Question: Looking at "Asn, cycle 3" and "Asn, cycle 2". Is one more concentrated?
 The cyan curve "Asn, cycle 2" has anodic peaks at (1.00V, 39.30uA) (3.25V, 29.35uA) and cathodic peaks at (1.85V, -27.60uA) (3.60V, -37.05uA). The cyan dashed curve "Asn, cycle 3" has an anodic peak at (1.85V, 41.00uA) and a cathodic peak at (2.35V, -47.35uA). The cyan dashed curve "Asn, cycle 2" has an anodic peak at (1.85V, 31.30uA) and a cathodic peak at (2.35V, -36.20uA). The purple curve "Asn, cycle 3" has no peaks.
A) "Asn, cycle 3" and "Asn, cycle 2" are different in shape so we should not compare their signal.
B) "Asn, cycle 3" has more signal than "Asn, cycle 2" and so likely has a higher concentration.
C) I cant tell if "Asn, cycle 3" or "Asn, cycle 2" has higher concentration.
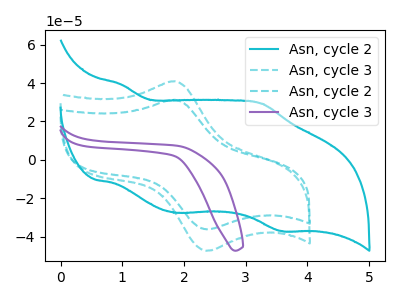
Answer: <think>All the peaks in "Asn, cycle 3" have a peak in "Asn, cycle 2" at the same potential. Every peak in "Asn, cycle 3" is higher than every peak in "Asn, cycle 2".
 </think>
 <answer>B) "Asn, cycle 3" has more signal than "Asn, cycle 2" and so likely has a higher concentration.</answer>
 <eval>B</eval>